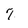
Character: 7